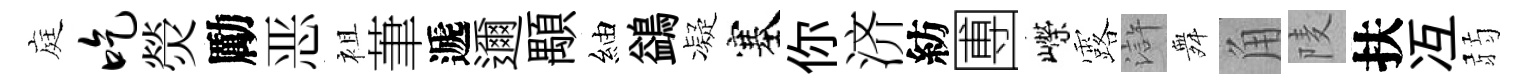
庭吃熒勵恶袓茟遞邇顒紬鷁凝塞你济紡圑嶸露滸舞角𨹧扶冱弱